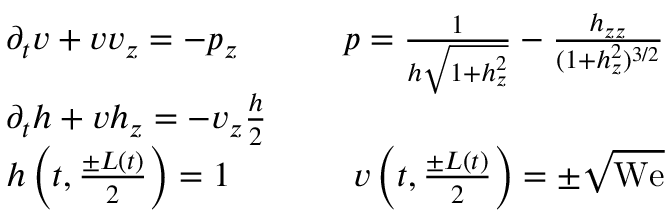
\begin{array} { r l r } & { \partial _ { t } v + v v _ { z } = - p _ { z } \qquad } & { p = \frac { 1 } { h \sqrt { 1 + h _ { z } ^ { 2 } } } - \frac { h _ { z z } } { ( 1 + h _ { z } ^ { 2 } ) ^ { 3 / 2 } } } \\ & { \partial _ { t } h + v h _ { z } = - v _ { z } \frac { h } { 2 } } \\ & { h \left( t , \frac { \pm L ( t ) } 2 \right) = 1 \qquad } & { v \left( t , \frac { \pm L ( t ) } 2 \right) = \pm \sqrt { \mathrm { W e } } } \end{array}